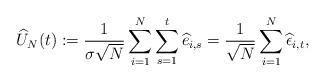
LaTeX: \begin{align*}\widehat{U}_N(t):=\frac{1}{\sigma\sqrt{N}}\sum_{i=1}^N\sum_{s=1}^t\widehat{e}_{i,s}=\frac{1}{\sqrt{N}}\sum_{i=1}^N\widehat{\epsilon}_{i,t},\end{align*}